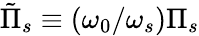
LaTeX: \tilde{\Pi}_{s}\equiv(\omega_{0}/\omega_{s})\Pi_{s}